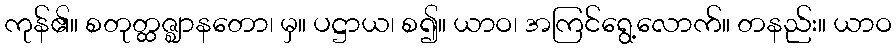
ကုန်၏။ စတုတ္ထဇ္ဈာနတော၊ မှ။ ပဋ္ဌာယ၊ စ၍။ ယာဝ၊ အကြင်ရွေ့လောက်။ တနည်း။ ယာဝ